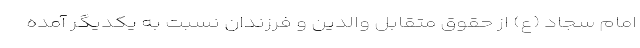
امام سجاد (ع) از حقوق متقابل والدین و فرزندان نسبت به یکدیگر آمده